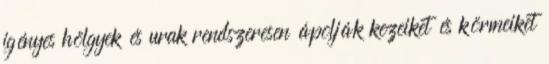
igényes hölgyek és urak rendszeresen ápolják kezeiket és körmeiket